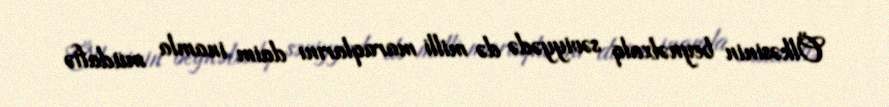
Ölkəsinin beynəlxalq səviyyədə də milli maraqlarını daim inamla müdafiə